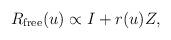
LaTeX: \begin{align*}R_{\rm free}(u)\propto I + r(u) Z, \end{align*}